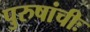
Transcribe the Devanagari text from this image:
पुरुषांचीः